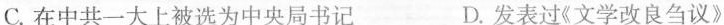
C.在中共一大上被选为中央局书记 D.发表过《文学改良刍议》